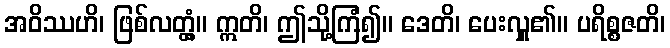
အဝိဿဟိ၊ ဖြစ်လတ္တံ့။ ဣတိ၊ ဤသို့ကြံ၍။ ဒေတိ၊ ပေးလှူ၏။ ပရိစ္စဇတိ၊